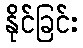
နိုင်ခြင်း